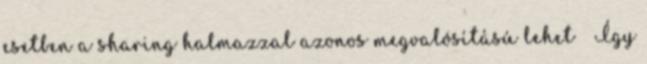
esetben a sharing halmazzal azonos megvalósítású lehet ● Így